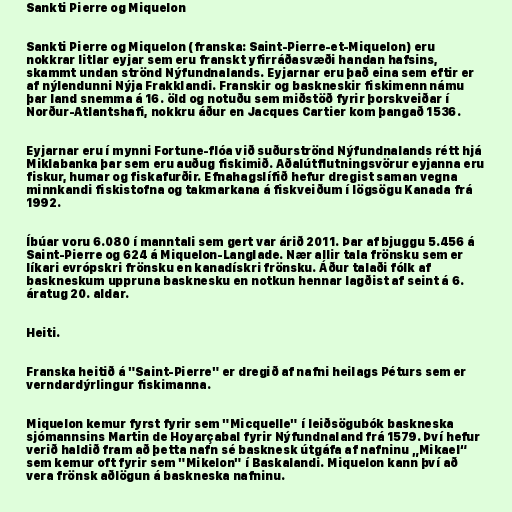
Sankti Pierre og Miquelon

Sankti Pierre og Miquelon (franska: Saint-Pierre-et-Miquelon) eru
nokkrar litlar eyjar sem eru franskt yfirráðasvæði handan hafsins,
skammt undan strönd Nýfundnalands. Eyjarnar eru það eina sem eftir er
af nýlendunni Nýja Frakklandi. Franskir og baskneskir fiskimenn námu
þar land snemma á 16. öld og notuðu sem miðstöð fyrir þorskveiðar í
Norður-Atlantshafi, nokkru áður en Jacques Cartier kom þangað 1536.

Eyjarnar eru í mynni Fortune-flóa við suðurströnd Nýfundnalands rétt hjá
Miklabanka þar sem eru auðug fiskimið. Aðalútflutningsvörur eyjanna eru
fiskur, humar og fiskafurðir. Efnahagslífið hefur dregist saman vegna
minnkandi fiskistofna og takmarkana á fiskveiðum í lögsögu Kanada frá
1992.

Íbúar voru 6.080 í manntali sem gert var árið 2011. Þar af bjuggu 5.456 á
Saint-Pierre og 624 á Miquelon-Langlade. Nær allir tala frönsku sem er
líkari evrópskri frönsku en kanadískri frönsku. Áður talaði fólk af
baskneskum uppruna basknesku en notkun hennar lagðist af seint á 6.
áratug 20. aldar.

Heiti.

Franska heitið á "Saint-Pierre" er dregið af nafni heilags Péturs sem er
verndardýrlingur fiskimanna.

Miquelon kemur fyrst fyrir sem "Micquelle" í leiðsögubók baskneska
sjómannsins Martin de Hoyarçabal fyrir Nýfundnaland frá 1579. Því hefur
verið haldið fram að þetta nafn sé basknesk útgáfa af nafninu „Mikael“
sem kemur oft fyrir sem "Mikelon" í Baskalandi. Miquelon kann því að
vera frönsk aðlögun á baskneska nafninu.